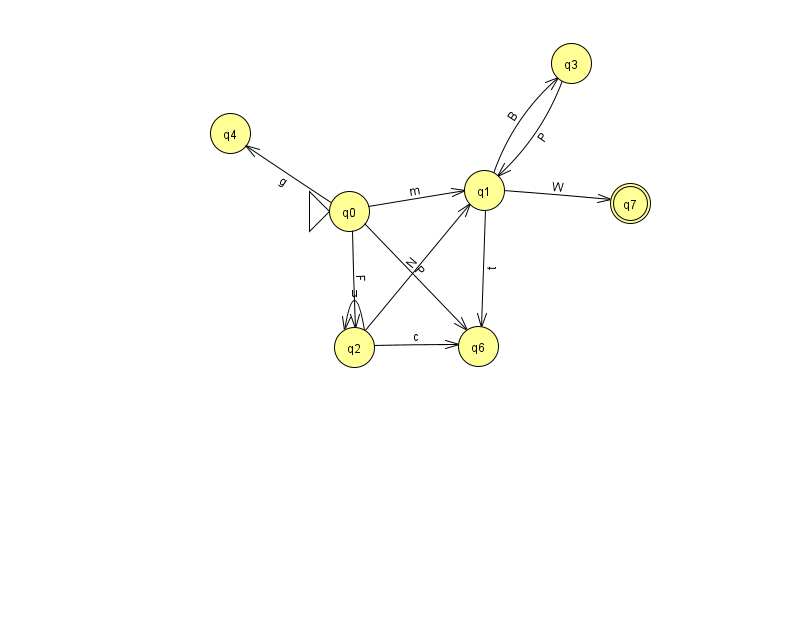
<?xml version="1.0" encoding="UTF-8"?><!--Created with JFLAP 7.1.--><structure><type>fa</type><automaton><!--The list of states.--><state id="0" name="q0"><x>349.0</x><y>198.0</y><initial/></state><state id="1" name="q1"><x>484.0</x><y>177.0</y></state><state id="2" name="q2"><x>354.0</x><y>334.0</y></state><state id="3" name="q3"><x>571.0</x><y>50.0</y></state><state id="4" name="q4"><x>230.0</x><y>120.0</y></state><state id="6" name="q6"><x>478.0</x><y>333.0</y></state><state id="7" name="q7"><x>630.0</x><y>190.0</y><final/></state><!--The list of transitions.--><transition><from>0</from><to>6</to><read>P</read></transition><transition><from>1</from><to>6</to><read>t</read></transition><transition><from>2</from><to>2</to><read>u</read></transition><transition><from>0</from><to>2</to><read>F</read></transition><transition><from>2</from><to>6</to><read>c</read></transition><transition><from>1</from><to>7</to><read>W</read></transition><transition><from>0</from><to>1</to><read>m</read></transition><transition><from>2</from><to>1</to><read>N</read></transition><transition><from>0</from><to>4</to><read>g</read></transition><transition><from>1</from><to>3</to><read>B</read></transition><transition><from>3</from><to>1</to><read>P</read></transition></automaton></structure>